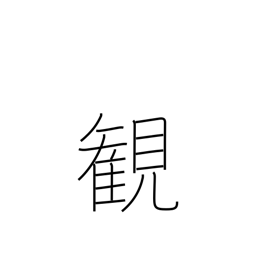
Meaning: view